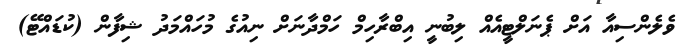
ވެލެންސިއާ އަށް ޕެނަލްޓީއެއް ލިބުނީ އިބްރާހިމް ހަމްދާނަށް ނިއުގެ މުހައްމަދު ޝިފާން (ކުޑައްޓޭ)